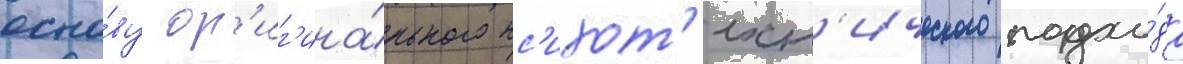
осно́ву ор'иг'ина́льного пс'ихот'ехн'ического подхо́да